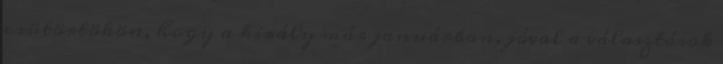
csütörtökön, hogy a király már januárban, jóval a választások